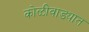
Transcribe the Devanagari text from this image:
कोळीवाड्यात